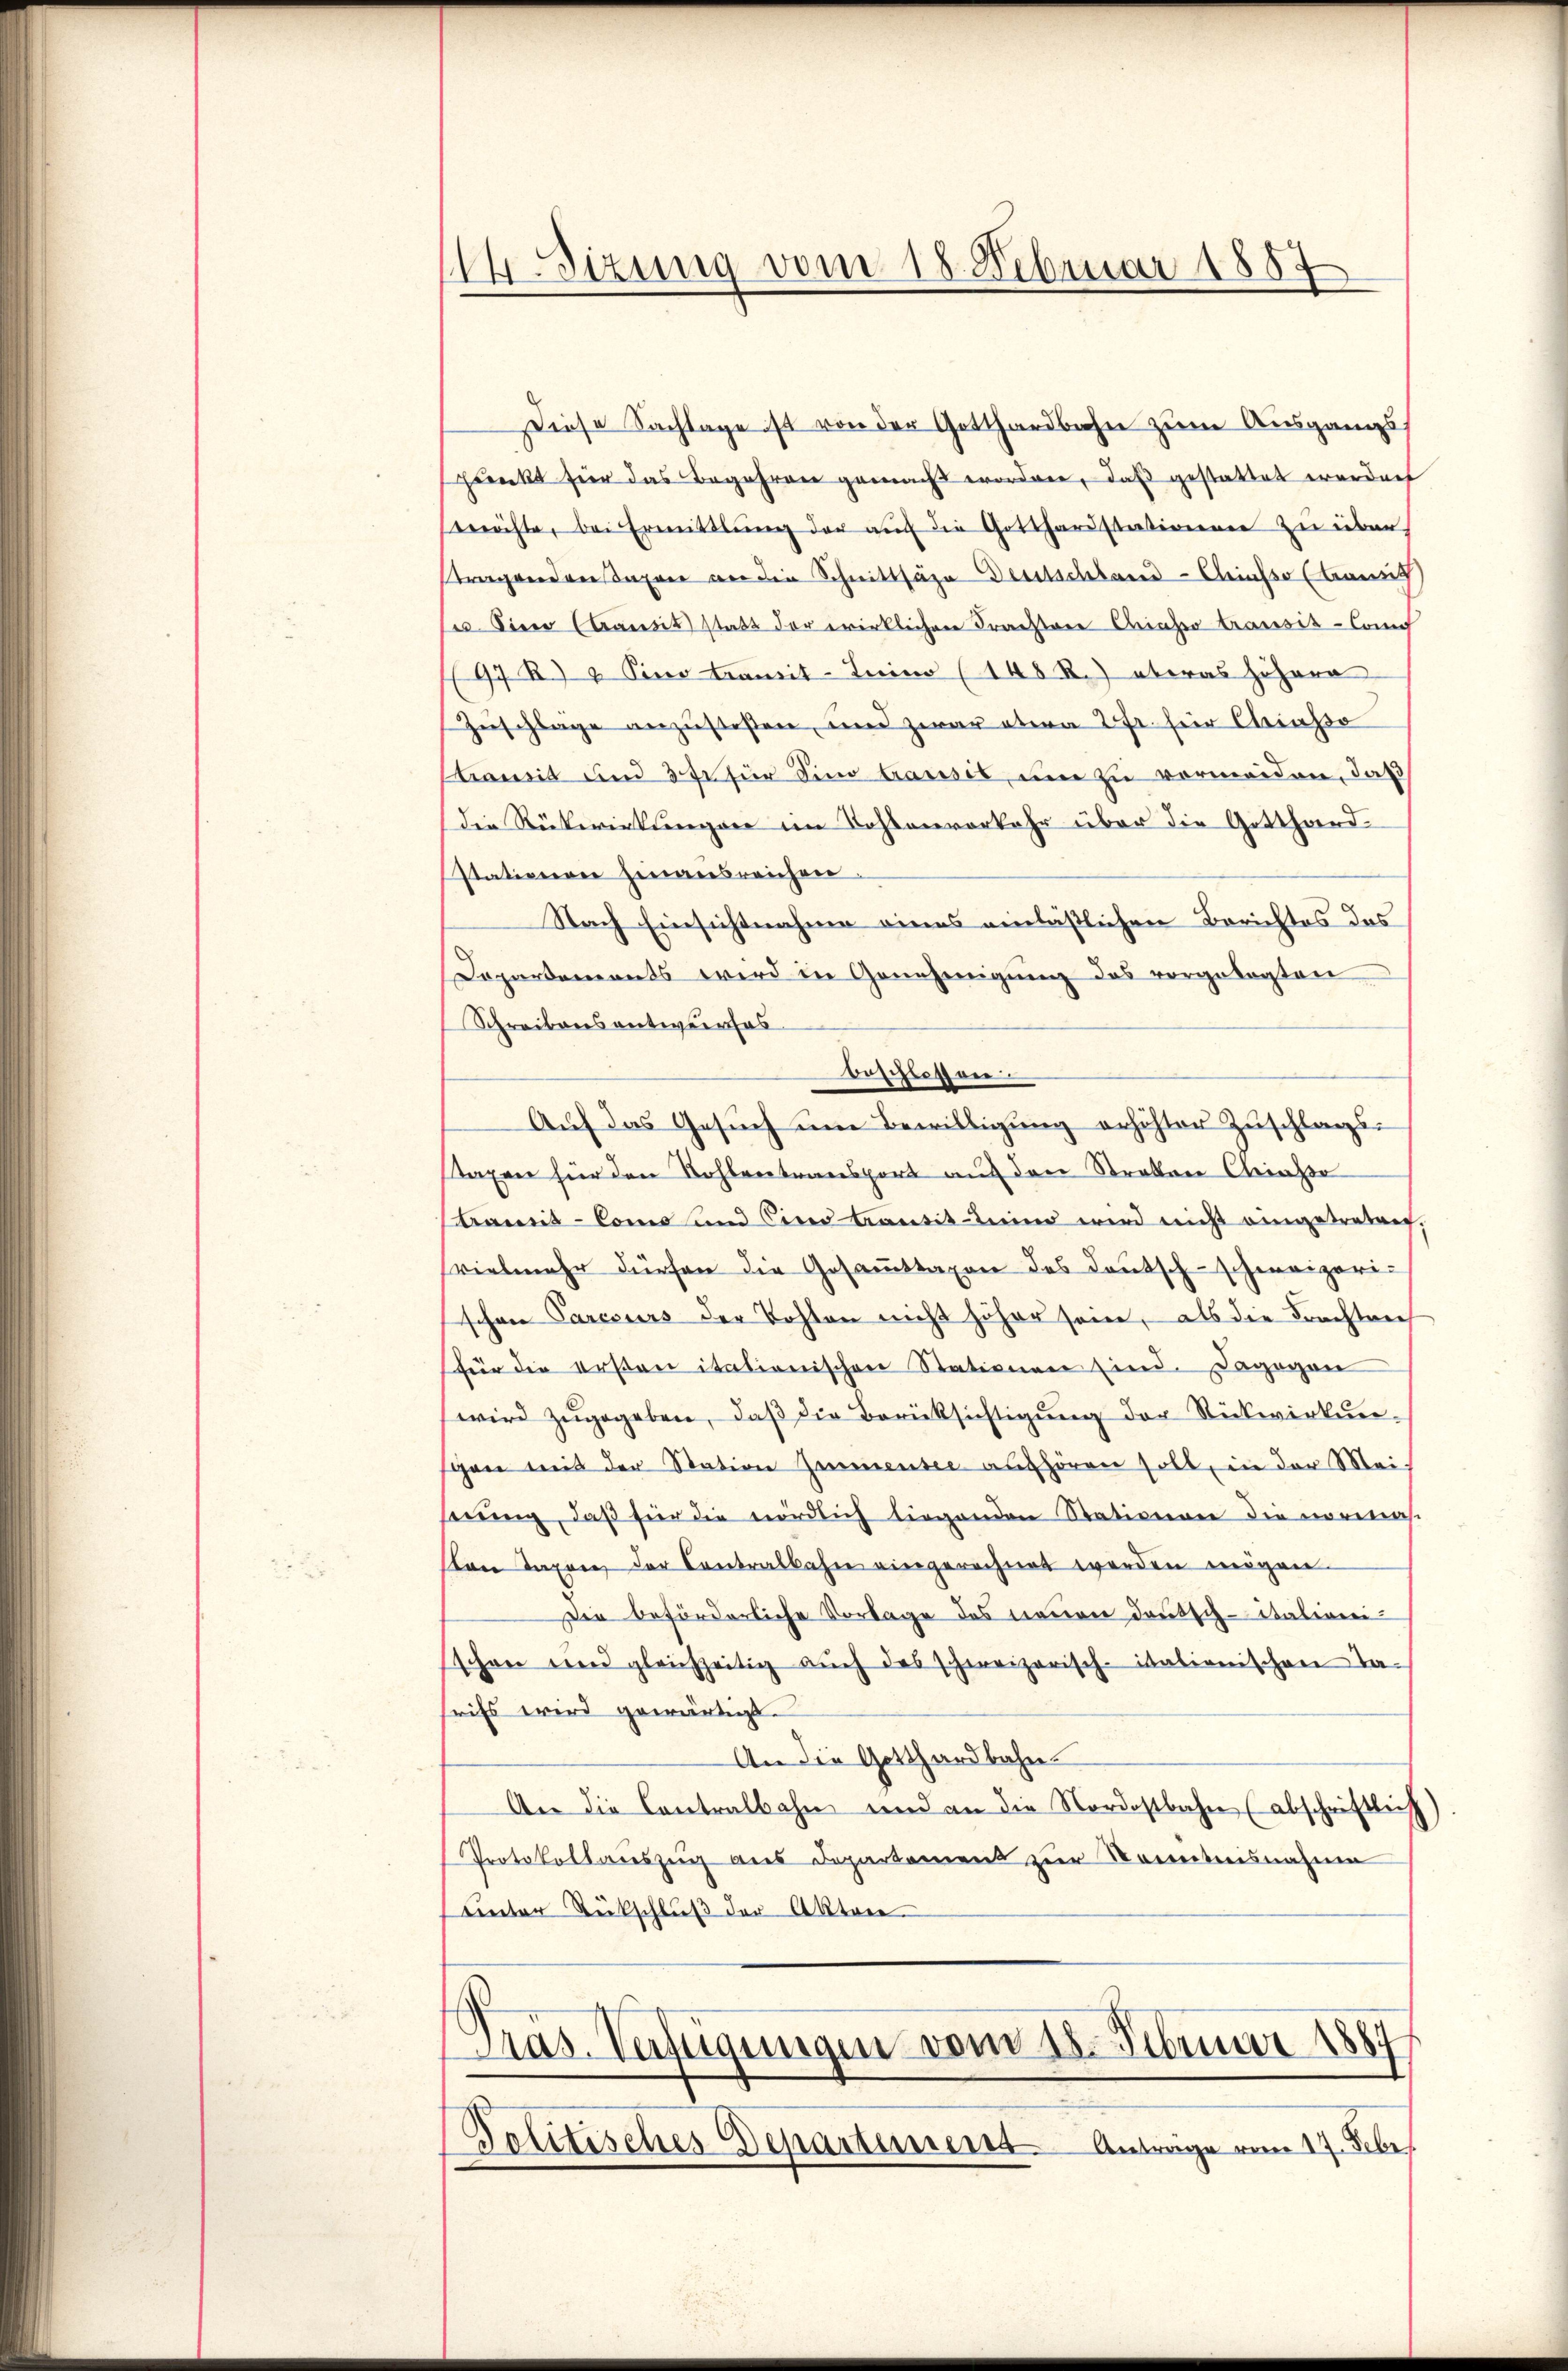
14. Sizung vom 18 Februar 1857

Diese Sachlage ist von der Gotthardbahn zum Ausgangspunkt für das Begehren gemacht worden, daß gestattet werden
snöchte, bei Ermittlung der auf die Gotthardstationenen zu über
tragendersagen an die Schnittsäze Deutschland-Censo kannt
es. Sie ansit statt der wirklichen Frachtere Chiasso transis-Cannich
97 R.) " Pivo transit-Luino (148 R.) aberas höhern
Zuschlage anzustehen, und zwar etwa 2fr. für Chiasso
Stransit und 3 fr für Sina Grauses, um zu vermeiden, daß
die Rückerinkungen im Kohlenvorkehr über die Gotthard-
stationen hinausreichen.
Nach Einsichtnahme eines einlässlichen Berichtes das
Departements wird in Genehmigŭng des vorgelegten
Schreibens entwurfes.
beschlossen.
Auf das Gesuch um Bewilligung erhöhter Zuschlags-
staxen für den Kohlentransport auf den Straßen Chris
ramit Como und Cices transit-Beine wird nicht eingetretung,
vielmehr dürfen die Gesaṁttaxen des Deutsch-schweizerischon Parcours der Kohlen nicht höher sein, als die Frachten
für die ersten itationischen Stationen sind. Dagegen
wird zugegeben, daß die Berücksichtigung der Rückwirkungen mit der Station Immensee aufhören soll, in der Mei-
serung, daß für die nördlich liegenden Stativergen die normas
von Taxen der Contralbahn eingerechnet werden mögen.
Dir beförderliche Vorlage des nacien deutsch-italieni
schon und gleichzeitig aŭch das schweizerisch-itationischen Ta-
frifs wird gewärtigt.
An die Gotthardbahn.
An die Contralbahn und an die Nordostbahn (abschriftlich
Protokollauszug aus Departement zur Kenntnisnahme
unter Rückschluß der Akten

Präs. Verfügungen vom 18. Februar 1887

Politisches Departiment Antrage vom 17. Febr.